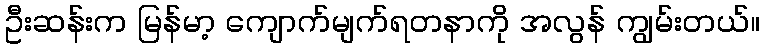
ဦးဆန်းက မြန်မာ့ ကျောက်မျက်ရတနာကို အလွန် ကျွမ်းတယ်။